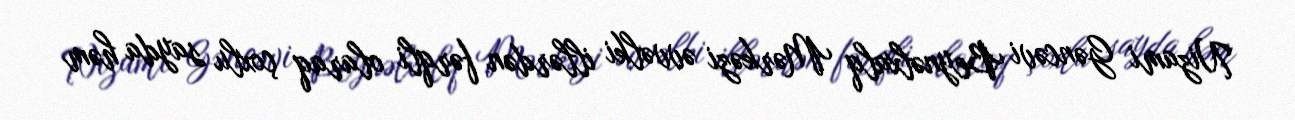
Nizami Gəncəvi Beynəlxalq Mərkəzi əvvəlki illərdən fərqli olaraq çoxlu sayda həm